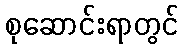
စုဆောင်းရာတွင်